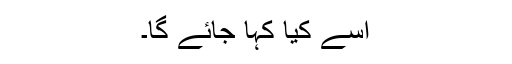
اِسے کیا کہا جائے گا۔